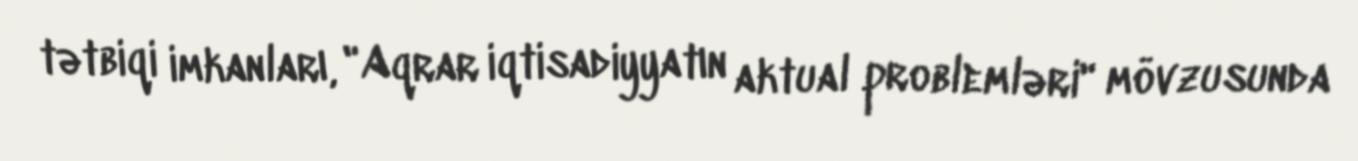
tətbiqi imkanları, "Aqrar iqtisadiyyatın aktual problemləri" mövzusunda